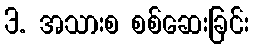
3. အသားစ စစ်ဆေးခြင်း